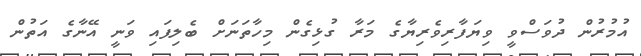
އުމުރުން ދުވަސްވީ ވިޔަފާރިވެރިޔާގެ މަރާ ގުޅިގެން މިހާތަނަށް ބެލިފައި ވަނީ އޭނާގެ އަތުން